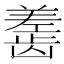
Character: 𬺎